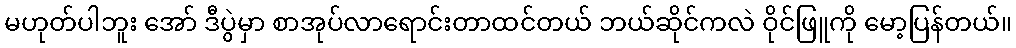
မဟုတ်ပါဘူး အော် ဒီပွဲမှာ စာအုပ်လာရောင်းတာထင်တယ် ဘယ်ဆိုင်ကလဲ ဝိုင်ဖြူကို မော့ပြန်တယ်။